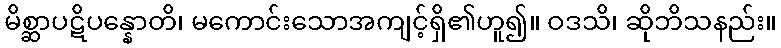
မိစ္ဆာပဋိပန္နောတိ၊ မကောင်းသောအကျင့်ရှိ၏ဟူ၍။ ဝဒသိ၊ ဆိုဘိသနည်း။